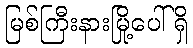
မြစ်ကြီးနားမြို့ပေါ်ရှိ